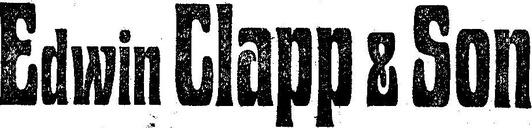
Edwin Clapp & Son